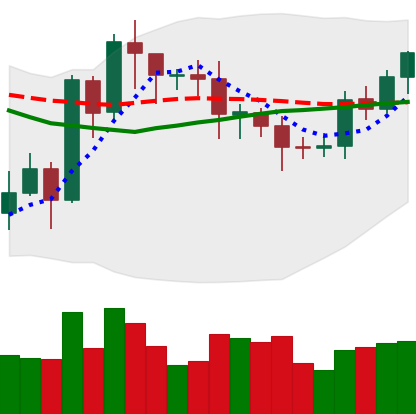
Ticker: EOS-USD
Chart end date: 2020-07-22
Forward return: 6.886%
Label: up_5_7